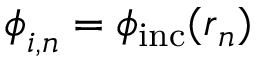
\boldsymbol { \phi } _ { i , n } = \phi _ { \mathrm { i n c } } ( \boldsymbol { r } _ { n } )